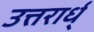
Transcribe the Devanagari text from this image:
उत्तरार्ध्